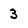
Character: 3